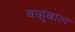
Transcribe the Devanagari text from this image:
बाहुबाल